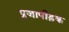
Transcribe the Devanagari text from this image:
प्रजापीड़क